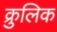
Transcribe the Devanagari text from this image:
क्रुलिक